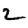
Digit: 2